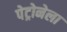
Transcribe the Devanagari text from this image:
पेट्रोनेला